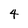
Character: 4